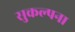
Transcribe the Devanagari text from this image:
सुकल्पना